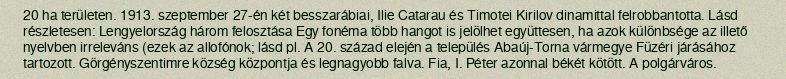
20 ha területen. 1913. szeptember 27-én két besszarábiai, Ilie Catarau és Timotei Kirilov dinamittal felrobbantotta. Lásd részletesen: Lengyelország három felosztása Egy fonéma több hangot is jelölhet együttesen, ha azok különbsége az illető nyelvben irreleváns (ezek az allofónok; lásd pl. A 20. század elején a település Abaúj-Torna vármegye Füzéri járásához tartozott. Görgényszentimre község központja és legnagyobb falva. Fia, I. Péter azonnal békét kötött. A polgárváros.